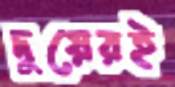
দুয়েরই